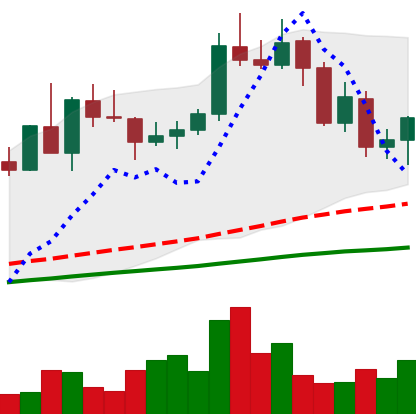
Ticker: NEO-USD
Chart end date: 2020-09-07
Forward return: 19.333%
Label: up_7plus